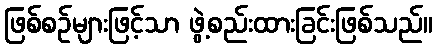
ဖြစ်စဉ်များဖြင့်သာ ဖွဲ့စည်းထားခြင်းဖြစ်သည်။